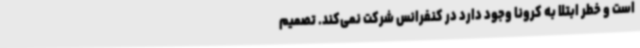
است و خطر ابتلا به کرونا وجود دارد در کنفرانس شرکت نمی‌کند. تصمیم